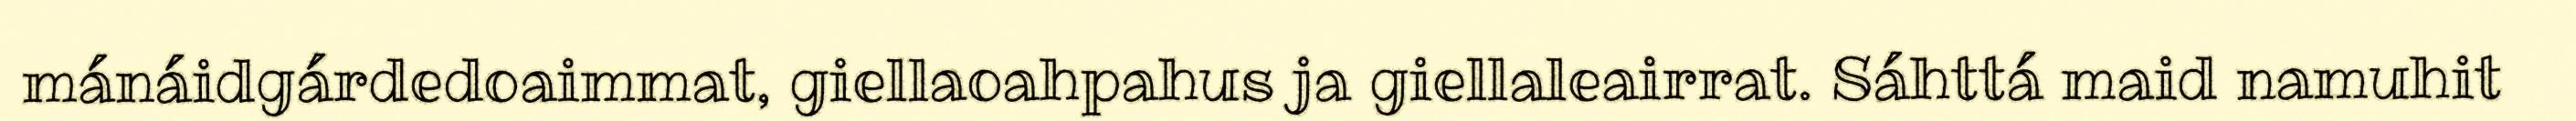
mánáidgárdedoaimmat, giellaoahpahus ja giellaleairrat. Sáhttá maid namuhit